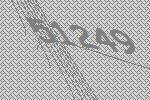
51249